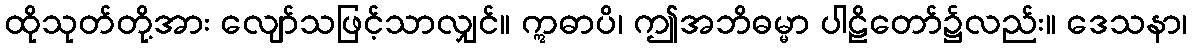
ထိုသုတ်တို့အား လျော်သဖြင့်သာလျှင်။ ဣဓာပိ၊ ဤအဘိဓမ္မာ ပါဠိတော်၌လည်း။ ဒေသနာ၊